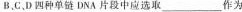
B、C、D四种单链DNA片段中应选取___作为